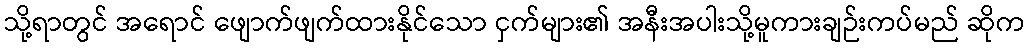
သို့ရာတွင် အရောင် ဖျောက်ဖျက်ထားနိုင်သော ငှက်များ၏ အနီးအပါးသို့မူကားချဉ်းကပ်မည် ဆိုက